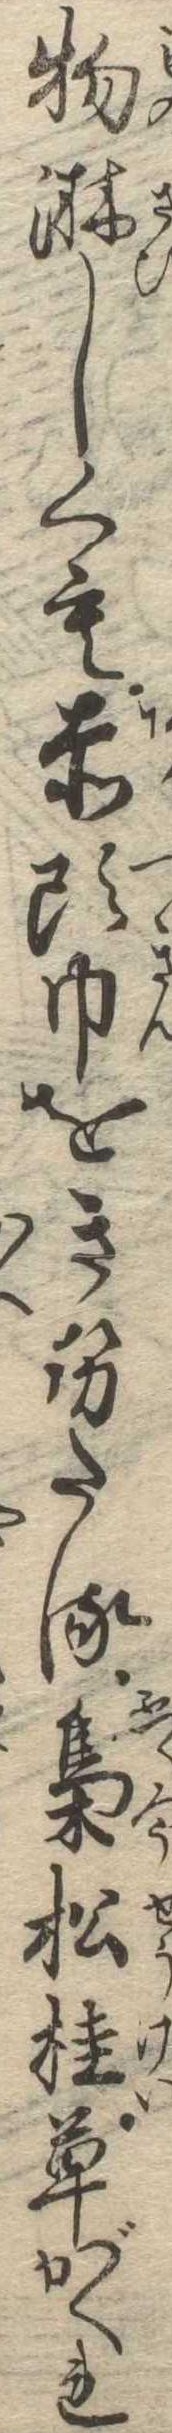
物淋しくも赤頭巾をきせたる梟松桂草がくれ